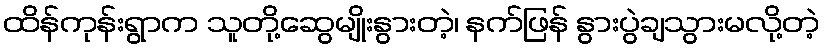
ထိန်ကုန်းရွာက သူတို့ဆွေမျိုးနွားတဲ့၊ နက်ဖြန် နွားပွဲချသွားမလို့တဲ့